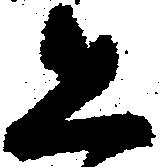
恐